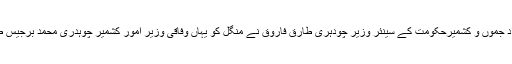
15 مئی2018ء) آزاد جموں و کشمیرحکومت کے سینئر وزیر چودہری طارق فاروق نے منگل کو یہاں وفاقی وزیر امور کشمیر چوہدری محمد برجیس طاہر سے ملاقات کی۔